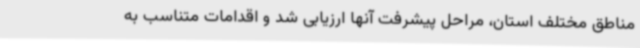
مناطق مختلف استان، مراحل پیشرفت آنها ارزیابی شد و اقدامات متناسب به